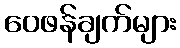
ဝေဖန်ချက်များ